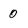
Character: 0